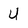
Character: U